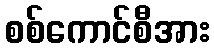
စစ်ကောင်စီအား